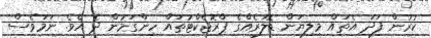
ކުރުން ފަދަ އެތައް މިލިޔަން ޑޮލަރެއްގެ ޕްރޮޖެކްޓުތައް ހިންގަމުން ދެ އެވެ. ނަމަވެސް